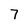
Character: 7